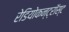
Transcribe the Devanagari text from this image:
रेडियोकन्ट्रॉस्ट